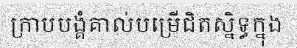
ក្រាបបង្គំគាល់បម្រើជិតស្និទ្ធក្នុង